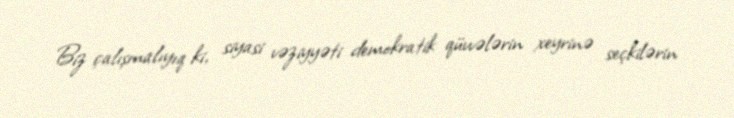
Biz çalışmalıyıq ki, siyasi vəziyyəti demokratik qüvvələrin xeyrinə seçkilərin